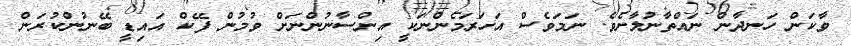
ވާކަން ހަނދާން ނައްތާނުލާށެވެ. ނަމަވެސް އަހަރަމެންނަކީ އިންސާނުންނަށް ވުމުން ފޭކް އައިޑީ ބޭނުންކުރަން